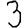
Digit: 3